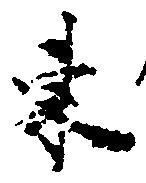
東